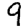
Digit: 9